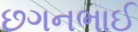
છગનભાઈ